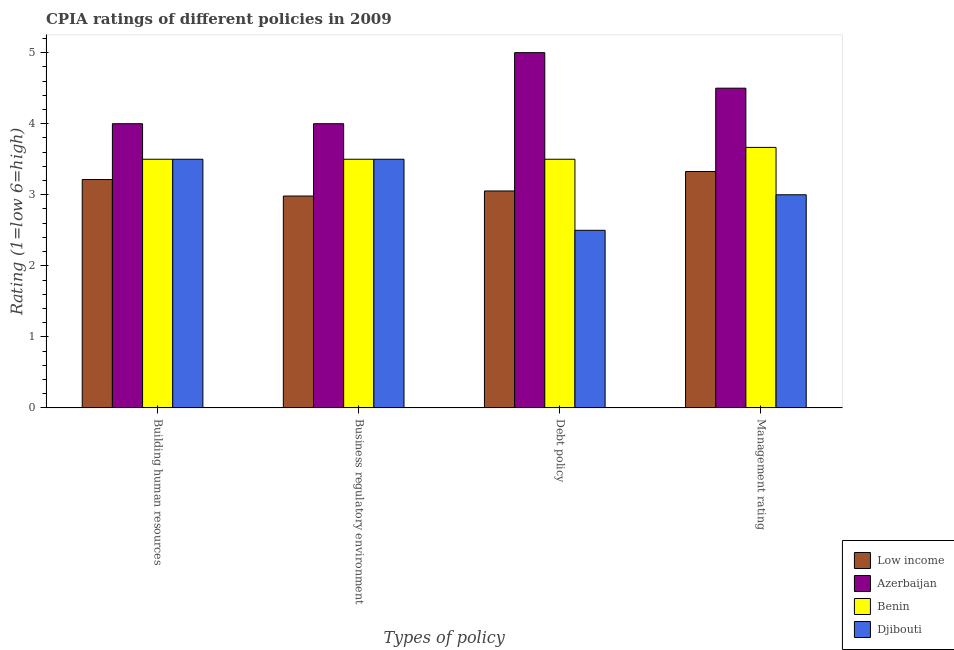
| Types of policy | Low income | Azerbaijan | Benin | Djibouti |
 | --- | --- | --- | --- | --- |
 | Building human resources | 3.21 | 4 | 3.5 | 3.5 |
 | Business regulatory environment | 2.98 | 4 | 3.5 | 3.5 |
 | Debt policy | 3.05 | 5 | 3.5 | 2.5 |
 | Management rating | 3.33 | 4.5 | 3.67 | 3 |